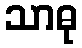
သာဓု